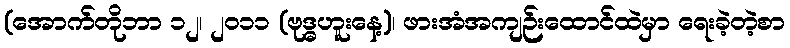
(အောက်တိုဘာ ၁၂၊ ၂၀၁၁ (ဗုဒ္ဓဟူးနေ့)၊ ဖားအံအကျဉ်းထောင်ထဲမှာ ရေးခဲ့တဲ့စာ